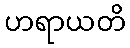
ဟရာယတိ